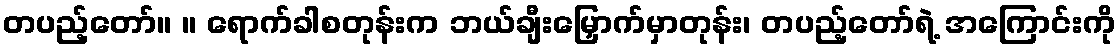
တပည့်တော်။ ။ ရောက်ခါစတုန်းက ဘယ်ချီးမြှောက်မှာတုန်း၊ တပည့်တော်ရဲ့ အကြောင်းကို